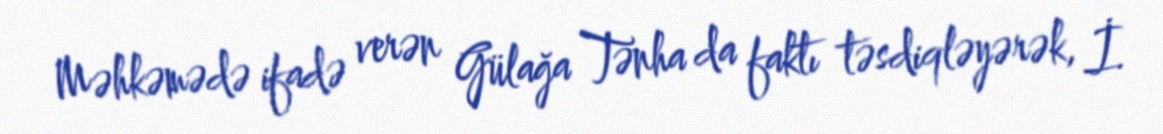
Məhkəmədə ifadə verən Gülağa Tənha da faktı təsdiqləyərək, İ.